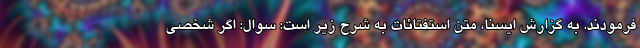
فرمودند. به گزارش ایسنا، متن استفتائات به شرح زیر است: سوال: اگر شخصی